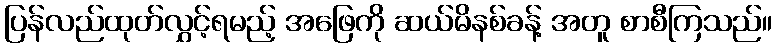
ပြန်လည်ထုတ်လွှင့်ရမည့် အဖြေကို ဆယ်မိနစ်ခန့် အတူ စာစီကြသည်။